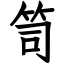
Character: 笥